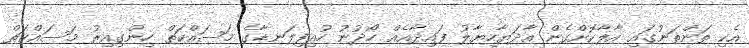
އެކި ތަންތަނުގައި އާލާކޮށްގެން އާދަޔާހިޔާލު ފައިދާއެއް ހޯދުނު ހުއިފިލަނޑާގެ މަސައްކަތް ހިންގިއިރު މަސައްކަތް